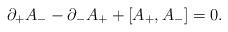
LaTeX: \begin{align*}\partial _+A_--\partial _-A_++[A_+, A_-]=0.\end{align*}